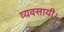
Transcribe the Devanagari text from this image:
व्यवसायी।